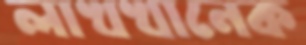
লাখখানেক